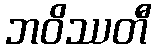
ဘဝိဿတီ